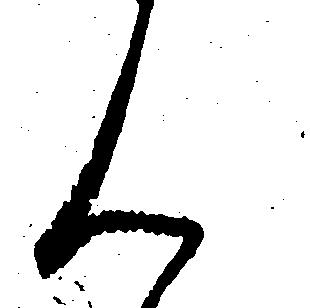
ん